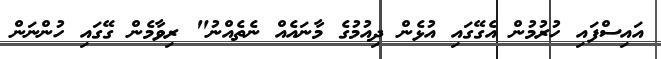
އައިސްފައި ހުރުމުން އެގޭގައި އުޅެން ދިއުމުގެ މާނައެއް ނެތެއްނު" ރިވާމެން ގޭގައި ހުންނަން